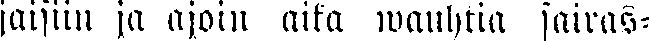
jaisiin ja ajoin aika wauhtia sairas-